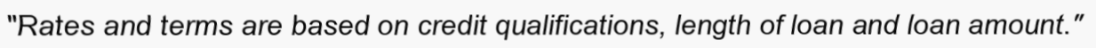
"Rates and terms are based on credit qualifications, length of loan and loan amount."